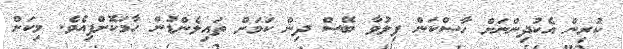
ކުރިން އެކުދިންނަށް ހާސްކަން ފިލުވާ ބޭސް ދިން ކަމަށް ތައިލެންޑުން ހާމަކޮށްފިއެވެ. މިކަން